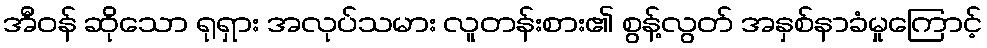
အီဝန် ဆိုသော ရုရှား အလုပ်သမား လူတန်းစား၏ စွန့်လွတ် အနှစ်နာခံမှုကြောင့်